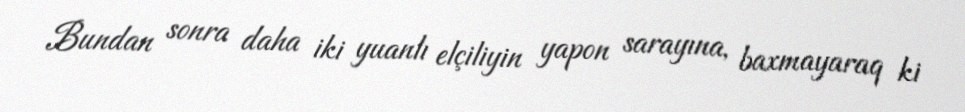
Bundan sonra daha iki yuanlı elçiliyin yapon sarayına, baxmayaraq ki